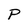
Character: P